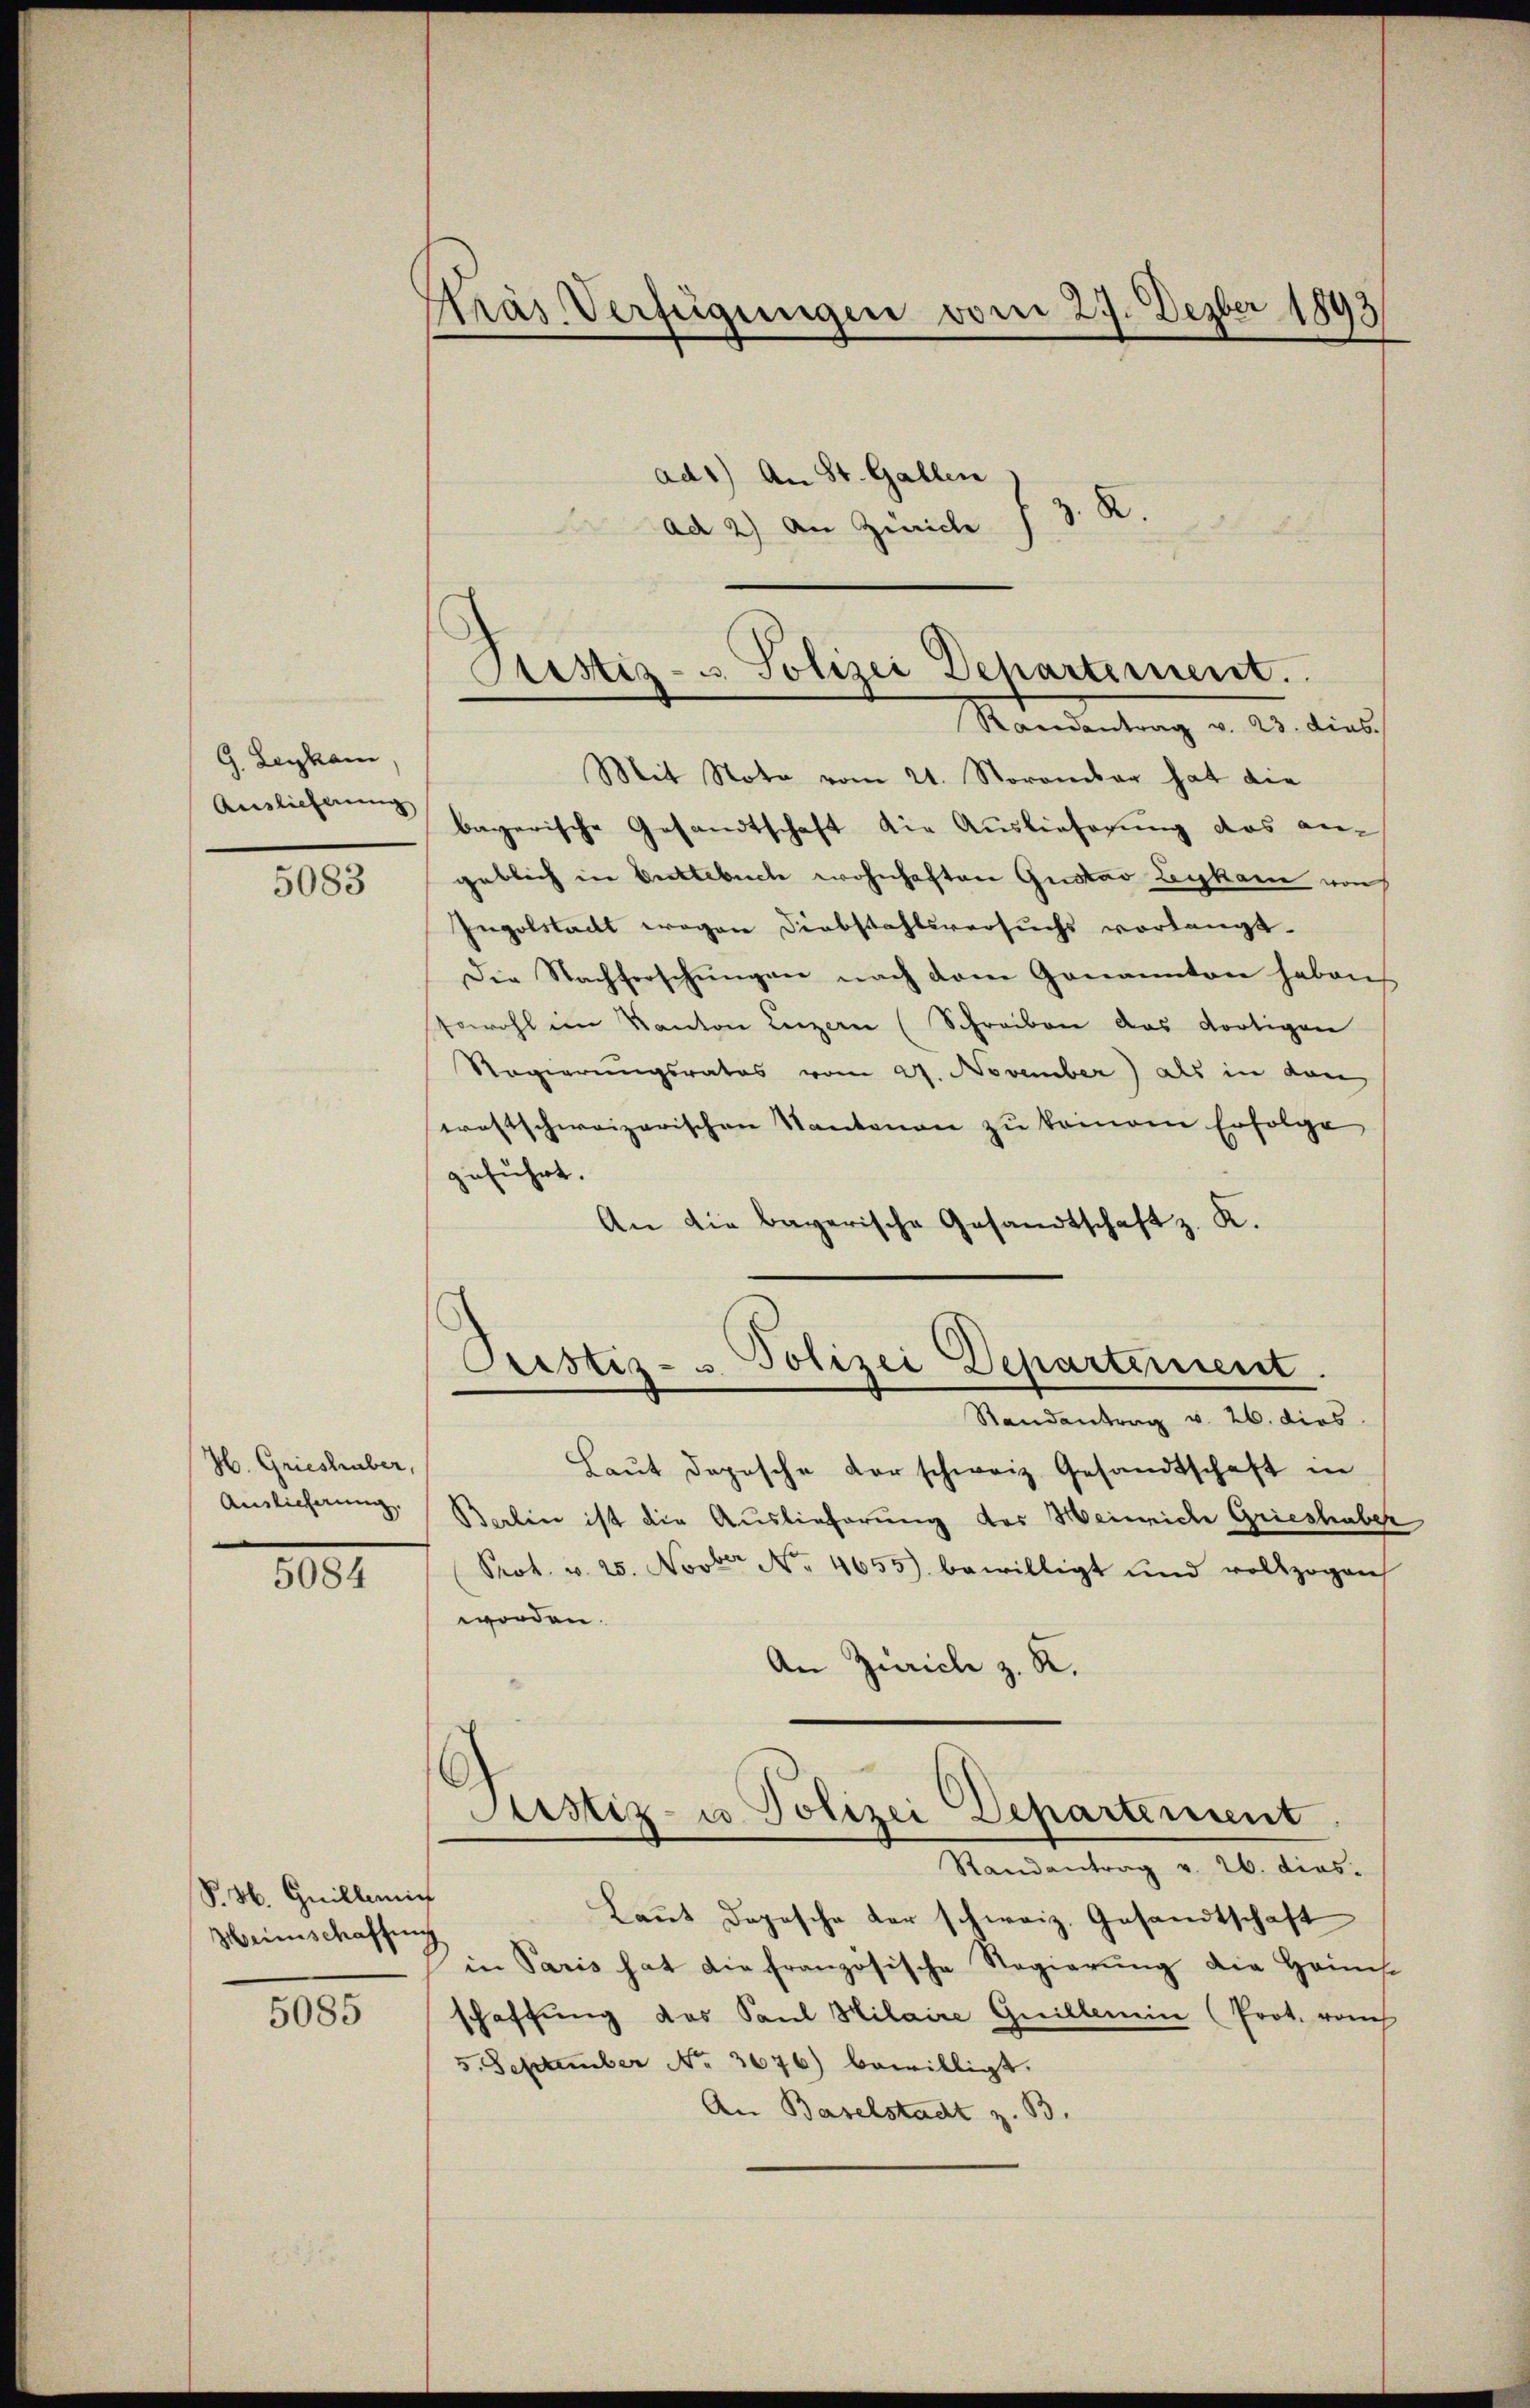
G. Leykam
Anslichnung

5083

H. Grieshuber,
Auslicherung.

5084

S. H. Guilleni
Heimschaffung

5085

Präs. Verfügungen vom 27. Dezber 1893

ad1) An St. Gallen
z. R.
ad 2) An Zürich
Mit Nota vom 21. November hat die
bayerische Gesandtschaft die Auslieferung das an-
geblich in Entlebuch wohnhaften Gustav Leykam von
Ingolstadt wegen Diebstahlsversuchs vorlangt.
Die Nachforschungen nach dem Genannten haben
sowohl im Kanton Luzern (Schreiben das dortigen
Regierungsrates vom 27. November) als in den
westschweizerischen Kantonen zu keinen Erfolge
zuführt.
An die bayerische Gesandtschaft z. K.

Ptistiz- u. Polizei Departement.
Randantrag v. 23. dies

Justiz- u. Polizei Departement.

Randantrag v. 26. dies
Laŭt dopische Vorschweiz. Gesandtschaft in
Barlin ist die Auslieferung der Weinriche Grieshuber
Prot. v. 25. Novber No. 4655. bewilligt und vollzogen
worden.
An Zürich z. R.
¬
Justiz- u Polizei Departement
Randantrag v. 26. dies-
Lant dopesche der schweiz. Gesandtschaft
in Paris hat die französische Regierung die Heimst
schaffung des Saul Hilaire Guillenein (Prot. von
5. September No. 3676) bewilligt.
An Baselstadt z. B.